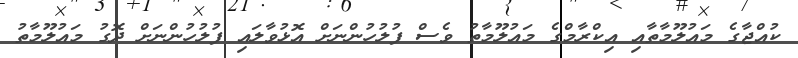
ކުއްޖާގެ މައުލޫމާތާއި އިކްރާމްގެ މައުލޫމާތު ވެސް ފުލުހުންނަށް އޮޅުވާލައި ފުލުހުންނަށް ދޮގު މައުލޫމާތު